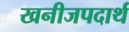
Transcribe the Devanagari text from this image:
खनीजपदार्थ